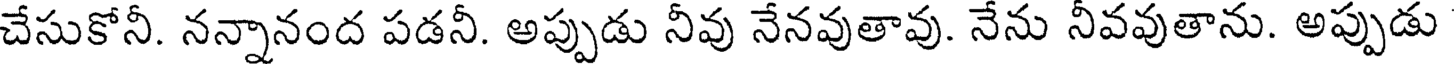
చేసుకోనీ. నన్నానంద పడనీ. అప్పుడు నీవు నేనవుతావు. నేను నీవవుతాను. అప్పుడు